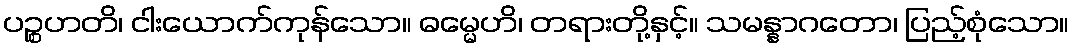
ပဉ္စဟတိ၊ ငါးယောက်ကုန်သော။ ဓမ္မေဟိ၊ တရားတို့နှင့်။ သမန္နာဂတော၊ ပြည့်စုံသော။